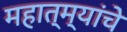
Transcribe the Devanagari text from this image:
महात्म्यांचे